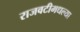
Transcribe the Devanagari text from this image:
राजवटीमधल्या